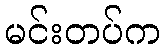
မင်းတပ်က